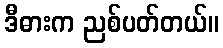
ဒီဓားက ညစ်ပတ်တယ်။